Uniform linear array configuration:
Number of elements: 4
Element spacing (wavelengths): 1
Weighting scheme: kaiser
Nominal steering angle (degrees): -45
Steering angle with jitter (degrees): -44.28
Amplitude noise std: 0.05
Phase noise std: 0.05

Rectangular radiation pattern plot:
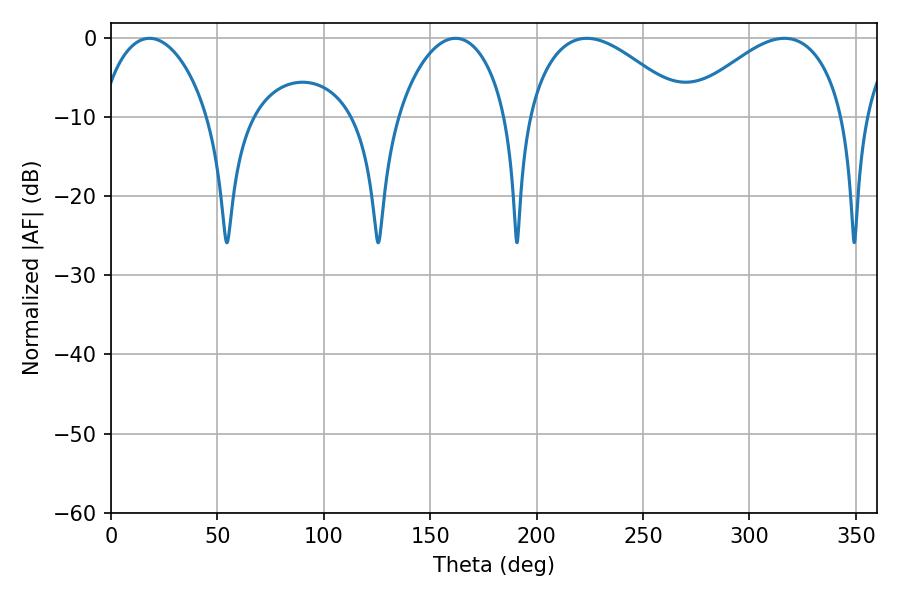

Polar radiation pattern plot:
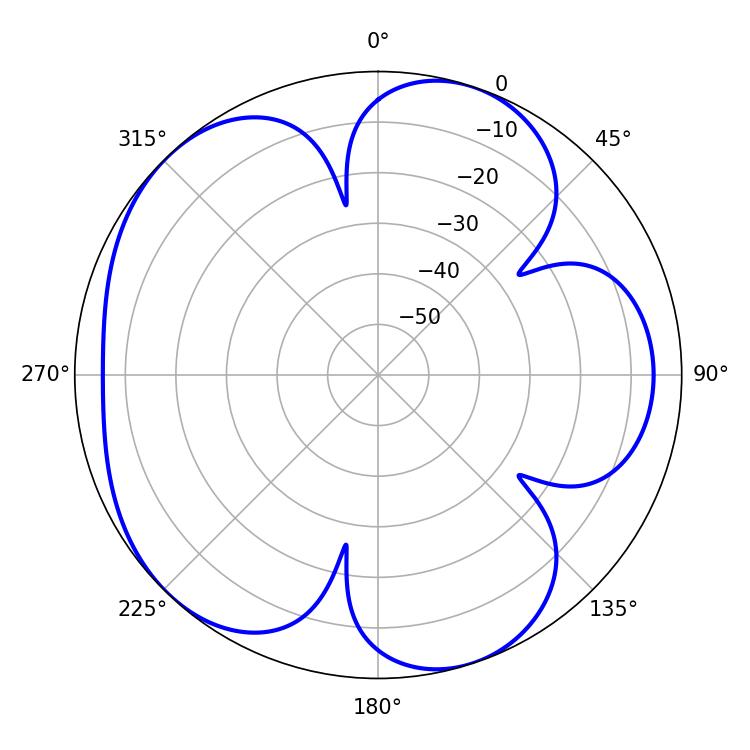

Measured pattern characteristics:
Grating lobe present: TRUE
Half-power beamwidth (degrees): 41.04
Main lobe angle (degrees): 223.56